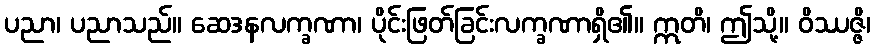
ပညာ၊ ပညာသည်။ ဆေဒနလက္ခဏာ၊ ပိုင်းဖြတ်ခြင်းလက္ခဏာရှိ၏။ ဣတိ၊ ဤသို့။ ဝိဿဇ္ဇိ၊